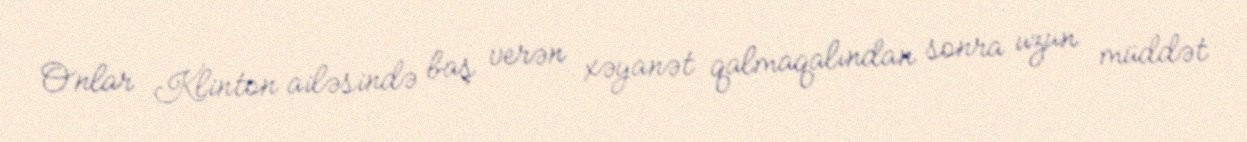
Onlar Klinton ailəsində baş verən xəyanət qalmaqalından sonra uzun müddət